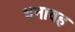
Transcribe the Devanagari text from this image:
धनावह